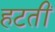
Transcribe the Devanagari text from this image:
हटतीं